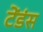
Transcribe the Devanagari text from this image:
टेंडंस